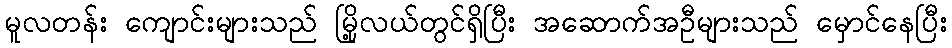
မူလတန်း ကျောင်းများသည် မြို့လယ်တွင်ရှိပြီး အဆောက်အဦများသည် မှောင်နေပြီး